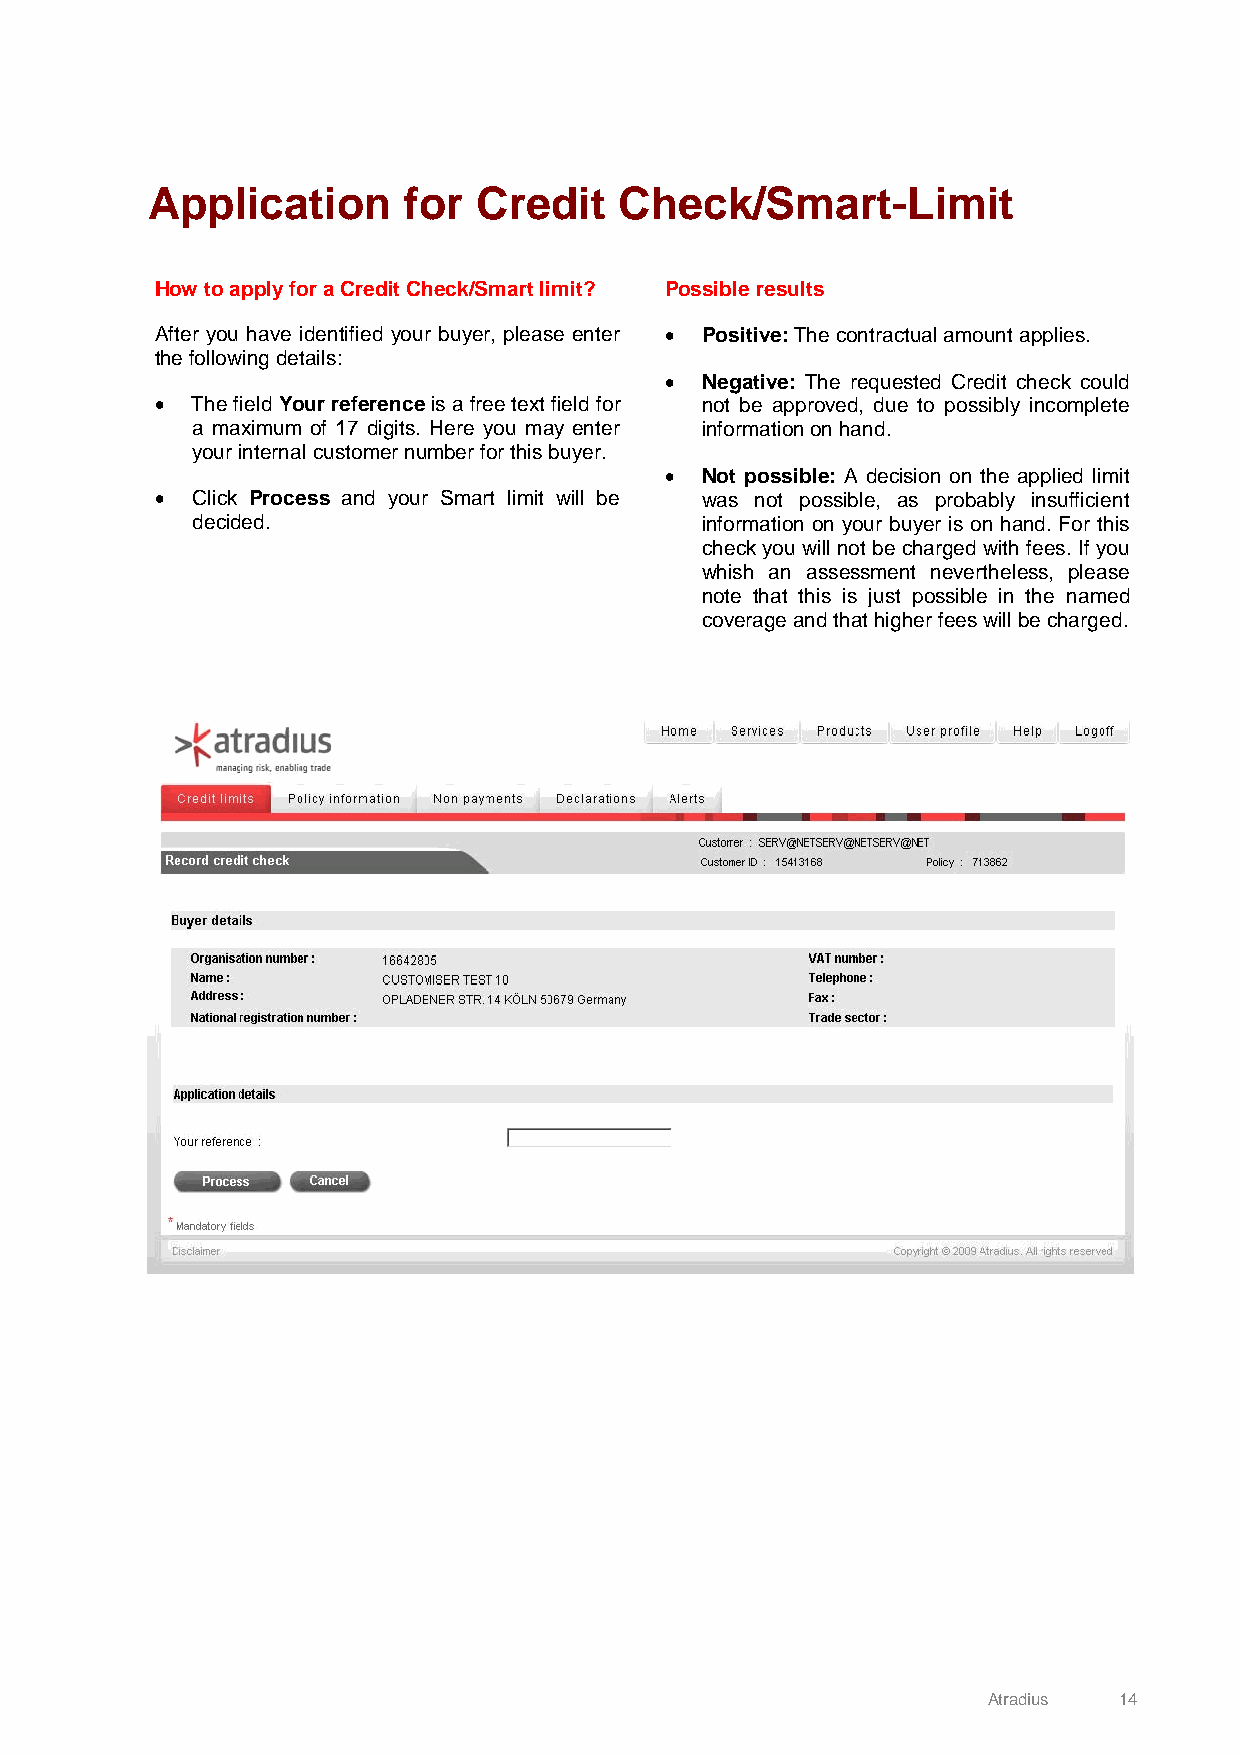
Application      for  Credit   Check/Smart-Limit
 How to apply for a Credit Check/Smart limit? Possible results
 After you have identified your buyer, please enter • Positive: The contractual amount applies.
 the following details:
 • Negative: The requested Credit check could
 •  The field Your reference is a free text field for not be approved, due to possibly incomplete
 a maximum of 17 digits. Here you may enter information on hand.
 your internal customer number for this buyer.
 • Not possible: A decision on the applied limit
 •  Click Process and your Smart limit will be was not possible, as probably insufficient
 decided.                         information on your buyer is on hand. For this
 check you will not be charged with fees. If you
 whish an assessment nevertheless, please
 note that this is just possible in the named
 coverage and that higher fees will be charged.
 Atradius 14